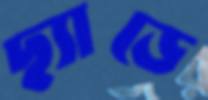
ছ্যাড়ে